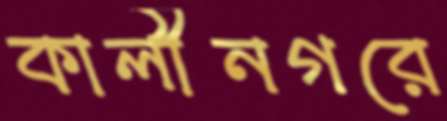
কালীনগরে